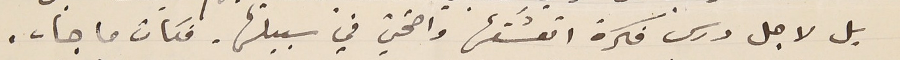
بل لاجل درس فكرة اتعشَقها واضحّي في سبيلها. فكان ما جاء.